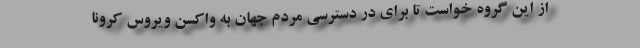
از این گروه خواست تا برای در دسترسی مردم جهان به واکسن ویروس کرونا